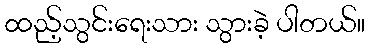
ထည့်သွင်းရေးသား သွားခဲ့ ပါတယ်။